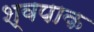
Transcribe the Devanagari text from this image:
श्वपाक